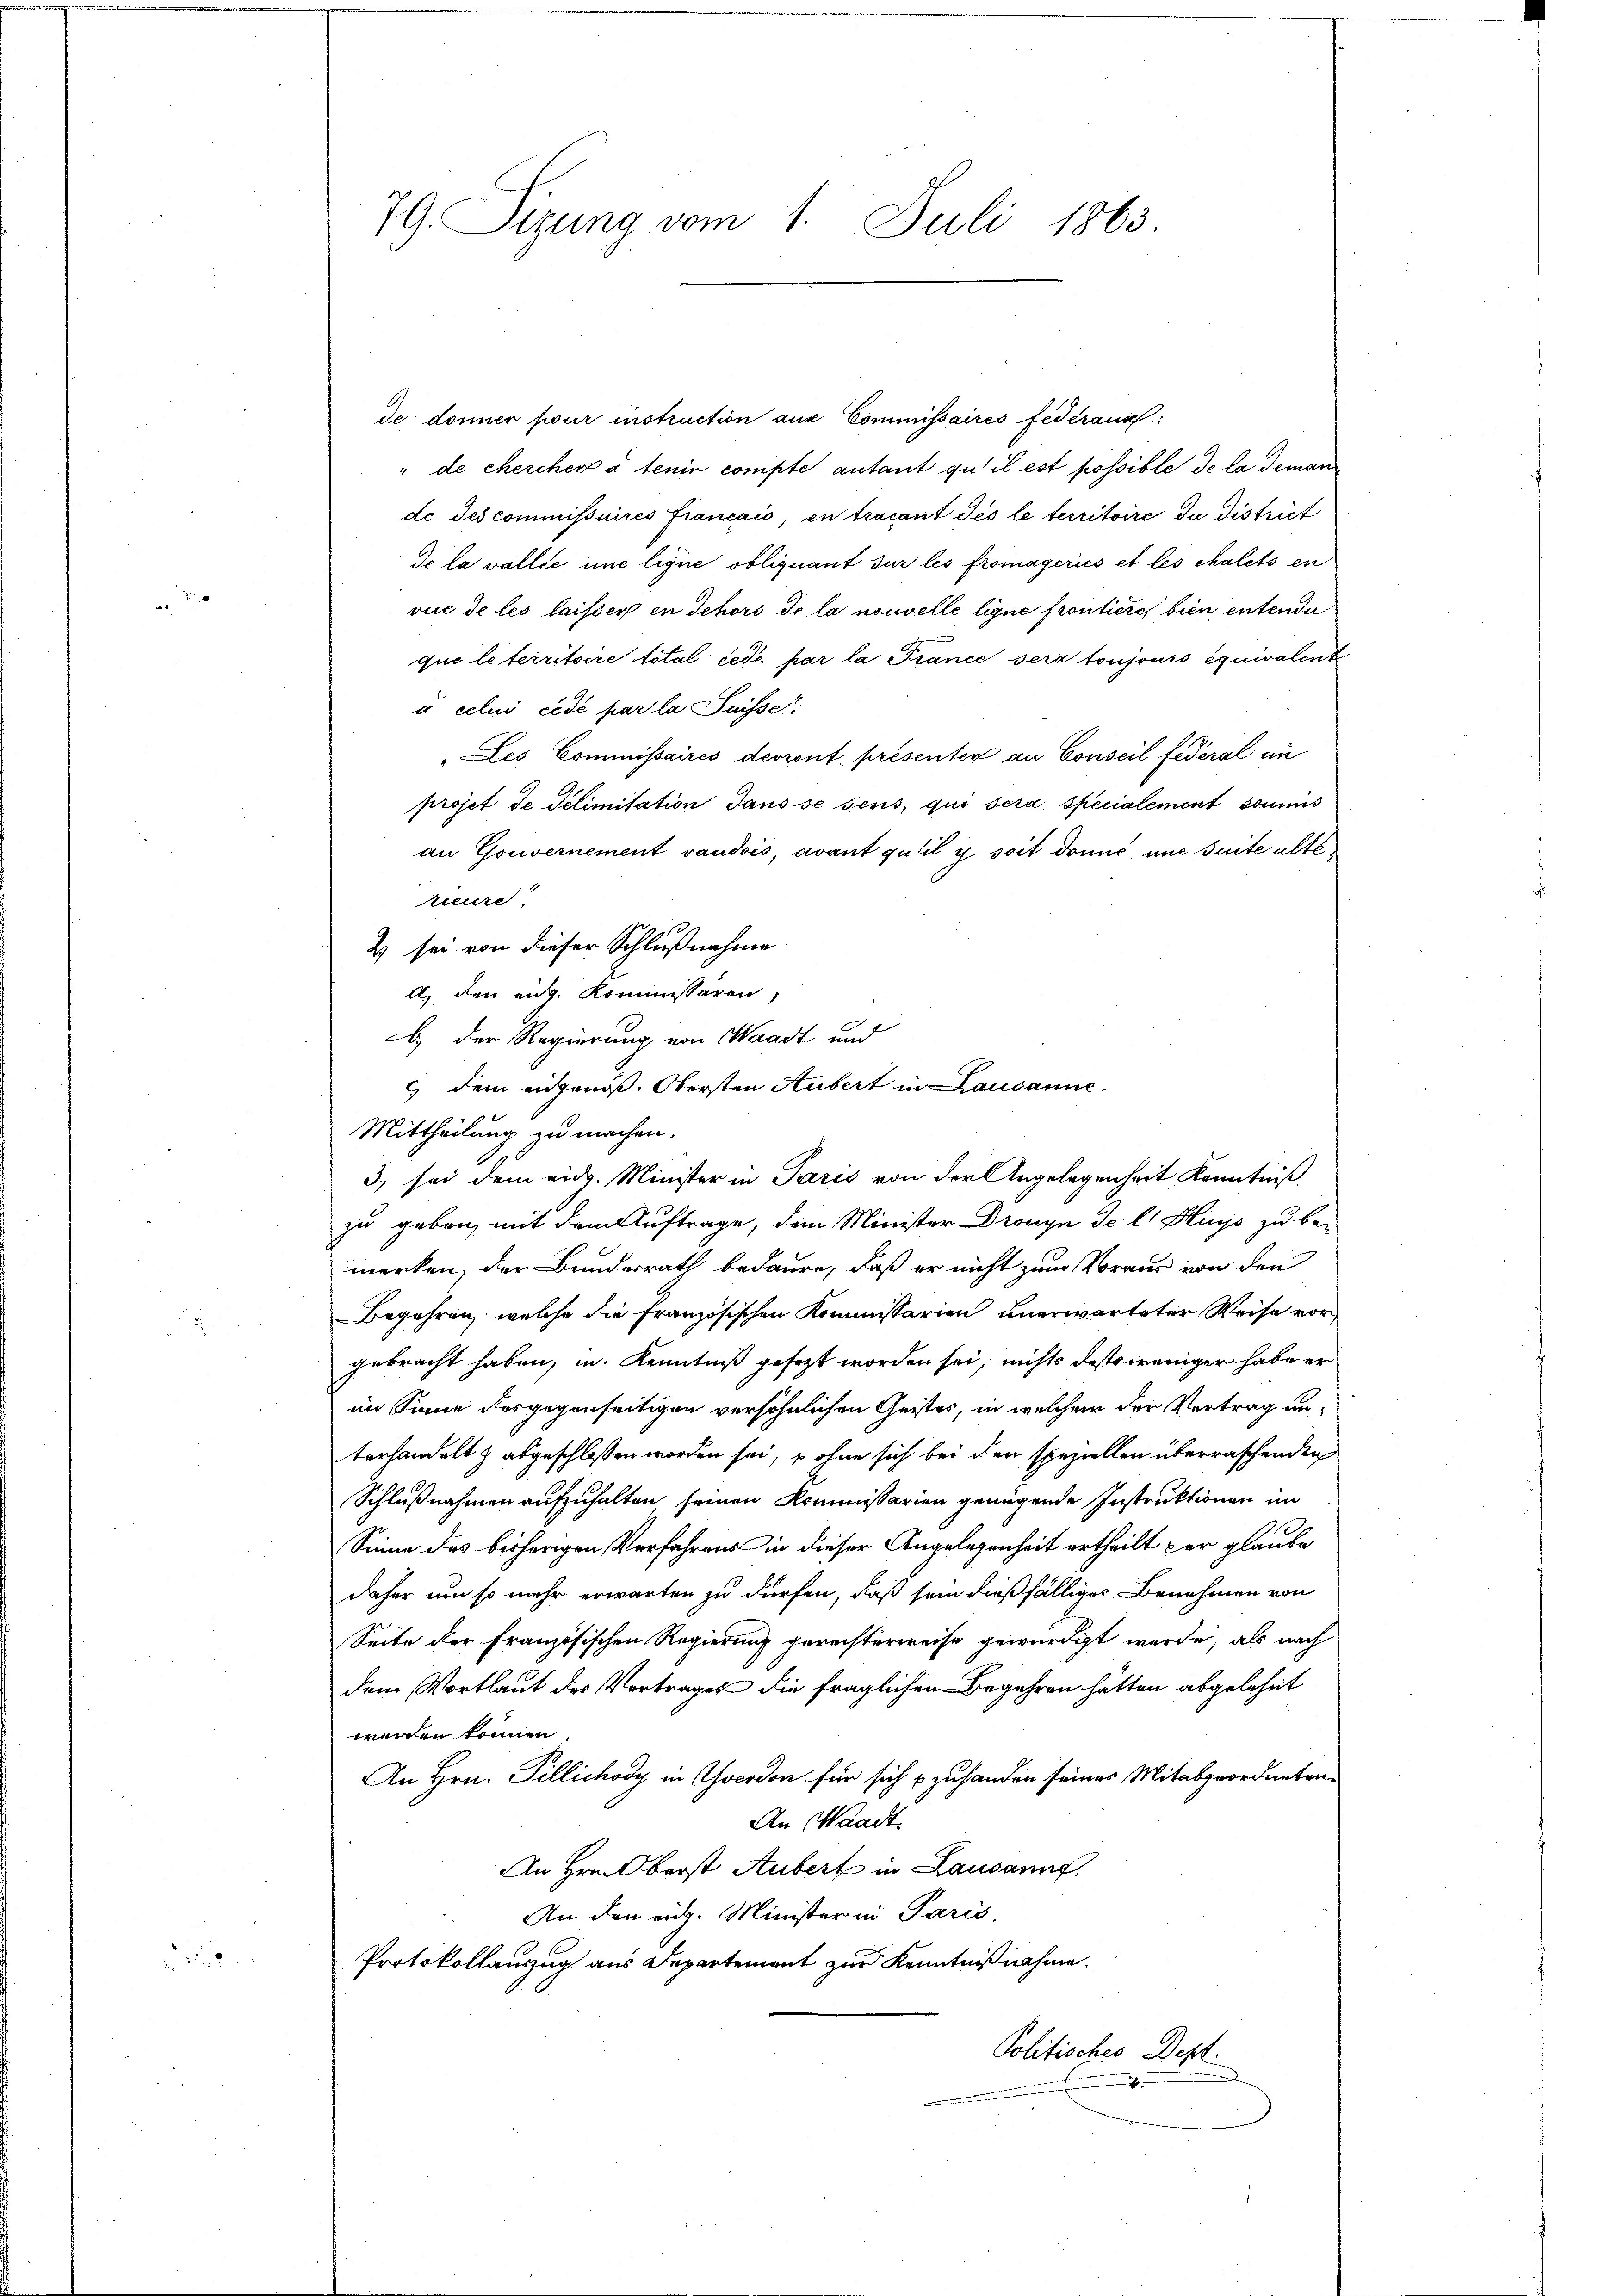
0

de donner pour instruction aus Commissaires Federaus
" de chercher à tenir compte autant qu’il est possible de la demann
de Jescommissaires français, en trocant dés le territoire du district
de la vallie une lique obliquant sur les fromagerics et les chalets en
vue de les laisser in Jehors de la nouvelle ligne frontiere, bien entende
quo le territoire total cede par la France sera toujours équivalent
à celui cede par la Suisse
Les Commissaires devront présenten an Conseil fédéral in
projet de Selimitation Jans se sens, qui sera specialement soumis
an Gouvernement vaudois, avant gutil y soit donné une suite altetieure
& sei von dieser Schlußnahme
A., den eidg. Kommissaren,
b.) Der Regierung von Waadt und
 dem eidgenöß. Obersten Hubert in Lausanne
Mittheilung zu machen.
3) sei dem eidg. Minister in Paris von der Angelegenheit Kenntniß
zu geben, mit dem Auftrage, dem Minister Dronyn de l. Huys zu be-
merken, der Bundesrath bedaure, daß er nicht zum Voraus von den
Begehren, welche die französischen Kommissarien unerwarteter Weise vor
gebracht haben, in Kenntniß gesezt worden sei, nichts desto weniger habe erim Sinne desgegenseitigen versöhnlichen Geistes, in welchem der Vertrag unterhandelt & abgeschlossen worden sei, u ohne sich bei den speziellen überraschenden
Schlußnahmen aufzuhalten seinen Kommissarien genügende Instruktionen im
Sinne des bisherigen Verfahrens in dieser Angelegenheit ertheilt par glaube
daher um so mehr erwarten zu dürfen, daß sein dießfälliger Benehmen von
Seite der Französischen Regierung gerechterweise gewürdigt werde, als nach
dem Wortlaut des Vertrages die fraglichen Begehren hätten abgelehnt
werden können.
An Hrn. Tillichody in Goerdon für sich zu handen seines Mitabgeordneten¬
An Waadt
An Hrn. Oberst Aubert in Lausannt.
An den eidg. Minister in Paris.
Protokollauszug aus Departement zur Kenntnißnahme.
Politisches Dept.
e

79. Sizung vom 1. Juli 1863